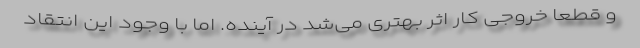
و قطعا خروجی کار اثر بهتری می‌شد در آینده. اما با وجود این انتقاد